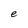
Character: e